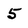
Character: 5